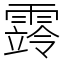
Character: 䨧